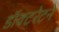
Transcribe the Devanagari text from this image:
डॉक्टरेटने